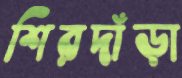
শিরদাঁড়া